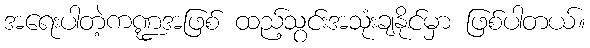
အရေးပါတဲ့ကဏ္ဍအဖြစ် ထည့်သွင်းအသုံးချနိုင်မှာ ဖြစ်ပါတယ်။